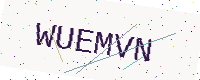
Text: WUEMVN